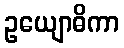
ဥယျောဓိကာ